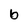
Character: b